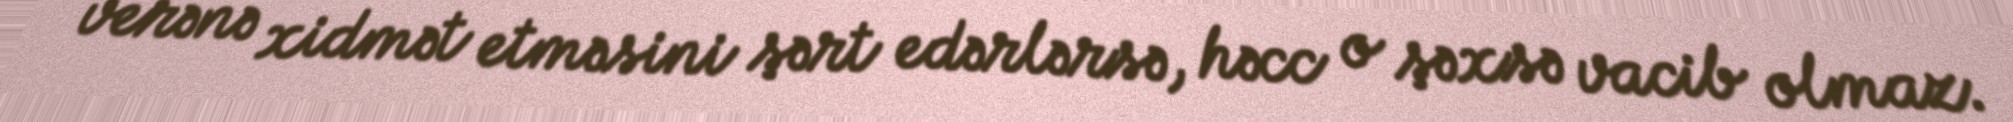
verənə xidmət etməsini şərt edərlərsə, həcc o şəxsə vacib olmaz.